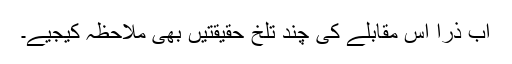
اب ذرا اس مقابلے کی چند تلخ حقیقتیں بھی ملاحظہ کیجیے۔